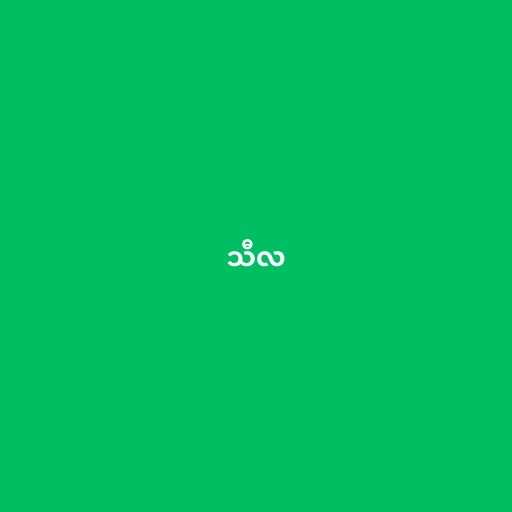
သီလ